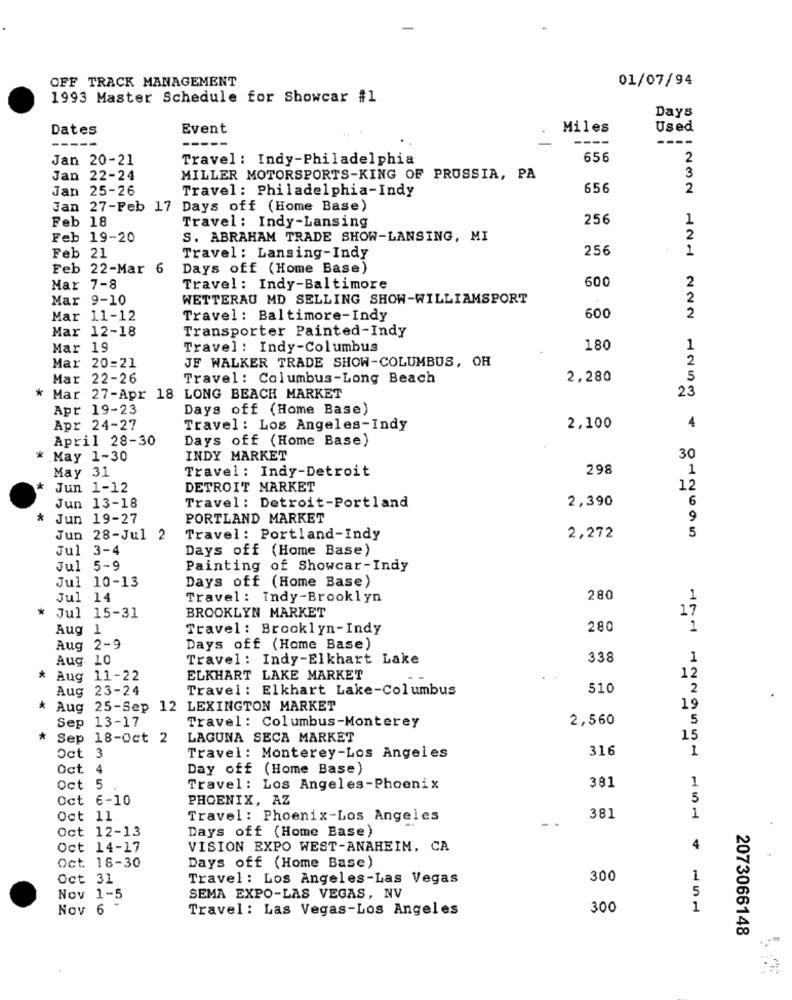
OFF TRACK MANAGEMENT
01/07/94
1993 Master Schedule for Showcar #1
Days
Dates
Event
Miles
Used
----
-----
Jan 20-21
Travel : Indy-Philadelphia
656
2
3
Jan 22-24
MILLER MOTORSPORTS-KING OF PRUSSIA, PA
Jan 25-26
Travel: Philadelphia-Indy
656
2
Jan 27-Feb 17 Days off (Home Base)
Feb 18
256
1
Travel : Indy-Lansing
Feb 19-20
S. ABRAHAM TRADE SHOW-LANSING, MI
2
256
1
Feb 21
Travel: Lansing-Indy
Feb 22-Mar 6
Days off (Home Base)
600
2
Mar 7-8
Travel: Indy-Baltimore
Mar 9-10
WETTERAU MD SELLING SHOW-WILLIAMSPORT
2
Mar 11-12
Travel : Baltimore-Indy
600
2
Mar 12-18
Transporter Painted-Indy
Mar 19
Travel : Indy-Columbus
180
1
JE WALKER TRADE SHOW-COLUMBUS, OH
2
Mar 20=21
Mar 22-26
Travel: Columbus-Long Beach
2,280
5
23
* Mar 27-Apr 18 LONG BEACH MARKET
Apr 19-23
Days off (Home Base)
Apr 24-27
Travel : Los Angeles-Indy
2,100
4
April 28-30
Days off (Home Base)
* May 1-30
INDY MARKET
30
May 31
Travel: Indy-Detroit
298
1
*
Jun 1-12
DETROIT MARKET
12
2,390
6
Jun 13-18
Travel: Detroit-Portland
*
Jun 19-27
PORTLAND MARKET
9
Jun 28-Jul 2
Travel: Portland-Indy
2,272
5
Jul 3-4
Days off (Home Base)
Jul 5-9
Painting of Showcar-Indy
Jul 10-13
Days off (Home Base)
Jul 14
Travel : Indy-Brooklyn
280
1
17
* Jul 15-31
BROOKLYN MARKET
Aug 1
Travel : Brooklyn-Indy
280
1
Aug 2-9
Days off (Home Base)
Aug. 10
Travel : Indy-Elkhart Lake
338
1
* Aug 11-22
ELKHART LAKE MARKET
12
Aug 23-24
Travel : Elkhart Lake-Columbus
510
2
*
Aug 25-Sep 12 LEXINGTON MARKET
19
Sep 13-17
2,560
5
Travel: Columbus-Monterey
*
Sep 18-Oct 2
LAGUNA SECA MARKET
15
316
1
Oct 3
Travel: Monterey-Los Angeles
Oct 4
Day off (Home Base)
1
Oct 5
Travel: Los Angeles-Phoenix
381
Oct 6-10
PHOENIX, AZ
5
Oct 11
Travel: Phoenix-Los Angeles
381
1
Oct 12-13
Days off (Home Base)
Oct 14-17
VISION EXPO WEST-ANAHEIM, CA
4
Oct. 18-30
Days off (Home Base)
Oct 31
Travel : Los Angeles-Las Vegas
300
1
5
Nov 1-5
SEMA EXPO-LAS VEGAS, NV
Nov 6
Travel : Las Vegas-Los Angeles
300
1
2073066148